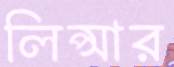
লিপ্সার